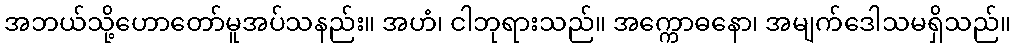
အဘယ်သို့ဟောတော်မူအပ်သနည်း။ အဟံ၊ ငါဘုရားသည်။ အက္ကောဓနော၊ အမျက်ဒေါသမရှိသည်။